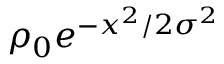
\rho _ { 0 } e ^ { - x ^ { 2 } / 2 \sigma ^ { 2 } }